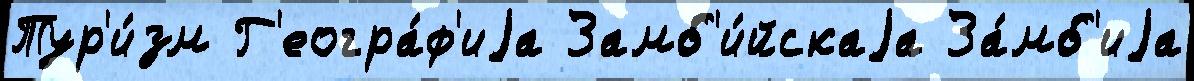
Тур'и́зм Г'еогра́ф'иjа Замб'и́йскаjа За́мб'иjа